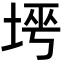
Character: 𡌱